Lunatic asylums United Provinces 1899-1908 - 1899-1908
Year: 1899
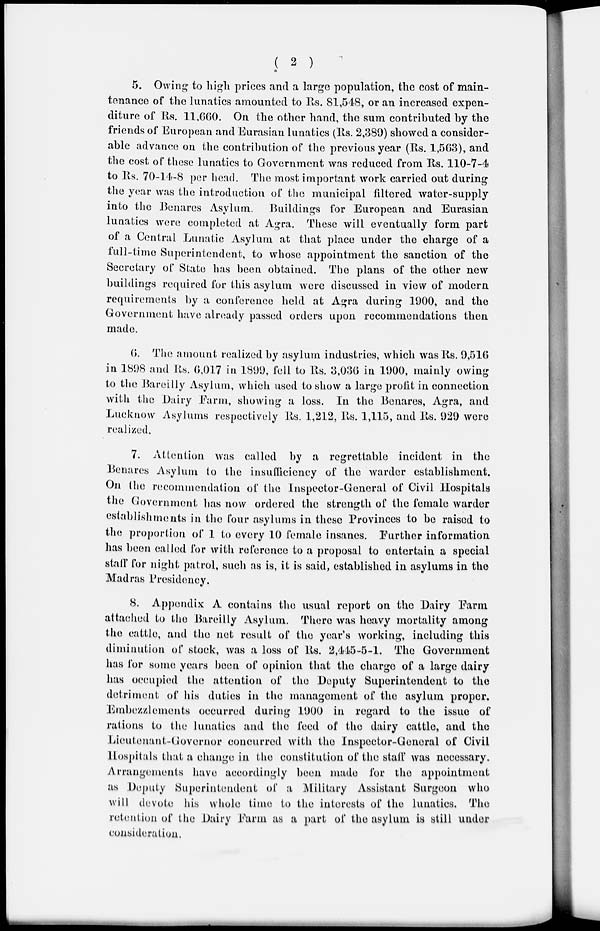
( 2 )
5. Owing to high prices and a large population, the cost of main-
tenance of the lunatics amounted to Rs. 81,548, or an increased expen-
diture of Rs. 11,660. On the other hand, the sum contributed by the
friends of European and Eurasian lunatics (Rs. 2,389) showed a consider-
able advance on the contribution of the previous year (Rs. 1,563), and
the cost of these lunatics to Government was reduced from Rs. 110-7-4
to Rs. 70-14-8 per head. The most important work carried out during
the year was the introduction of the municipal filtered water-supply
into the Benares Asylum. Buildings for European and Eurasian
lunatics were completed at Agra. These will eventually form part
of a Central Lunatic Asylum at that place under the charge of a
full-time Superintendent, to whose appointment the sanction of the
Secretary of State has been obtained. The plans of the other new
buildings required for this asylum were discussed in view of modern
requirements by a conference held at Agra during 1900, and the
Government have already passed orders upon recommendations then
made.
6. The amount realized by asylum industries, which was Rs. 9,516
in 1898 and Rs. 6,017 in 1899, fell to Rs. 3,036 in 1900, mainly owing
to the Bareilly Asylum, which used to show a large profit in connection
with the Dairy Farm, showing a loss. In the Benares, Agra, and
Lucknow Asylums respectively Rs. 1,212, Rs. 1,115, and Rs. 929 were
realized.
7. Attention was called by a regrettable incident in the
Benares Asylum to the insufficiency of the warder establishment.
On the recommendation of the Inspector-General of Civil Hospitals
the Government has now ordered the strength of the female warder
establishments in the four asylums in these Provinces to be raised to
the proportion of 1 to every 10 female insanes. Further information
has been called for with reference to a proposal to entertain a special
staff for night patrol, such as is, it is said, established in asylums in the
Madras Presidency.
8. Appendix A contains the usual report on the Dairy Farm
attached to the Bareilly Asylum. There was heavy mortality among
the cattle, and the net result of the year's working, including this
diminution of stock, was a loss of Rs. 2,445-5-1. The Government
has for some years been of opinion that the charge of a large dairy
has occupied the attention of the Deputy Superintendent to the
detriment of his duties in the management of the asylum proper.
Embezzlements occurred during 1900 in regard to the issue of
rations to the lunatics and the feed of the dairy cattle, and the
Lieutenant-Governor concurred with the Inspector-General of Civil
Hospitals that a change in the constitution of the staff was necessary.
Arrangements have accordingly been made for the appointment
as Deputy Superintendent of a Military Assistant Surgeon who
will devote his whole time to the interests of the lunatics. The
retention of the Dairy Farm as a part of the asylum is still under
consideration.